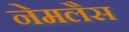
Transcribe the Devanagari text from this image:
नेमलैस